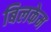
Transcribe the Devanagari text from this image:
बिलकेम